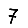
Digit: 7